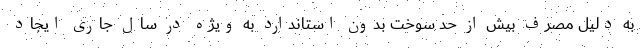
به دلیل مصرف بیش از حد سوخت بدون استاندارد به ویژه در سال جاری ایجاد